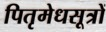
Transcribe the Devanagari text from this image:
पितृमेधसूत्रों